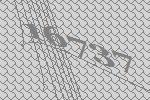
16737